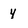
Character: 4